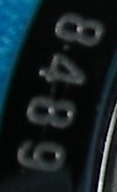
8489